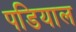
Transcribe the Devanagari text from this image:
पडियाल